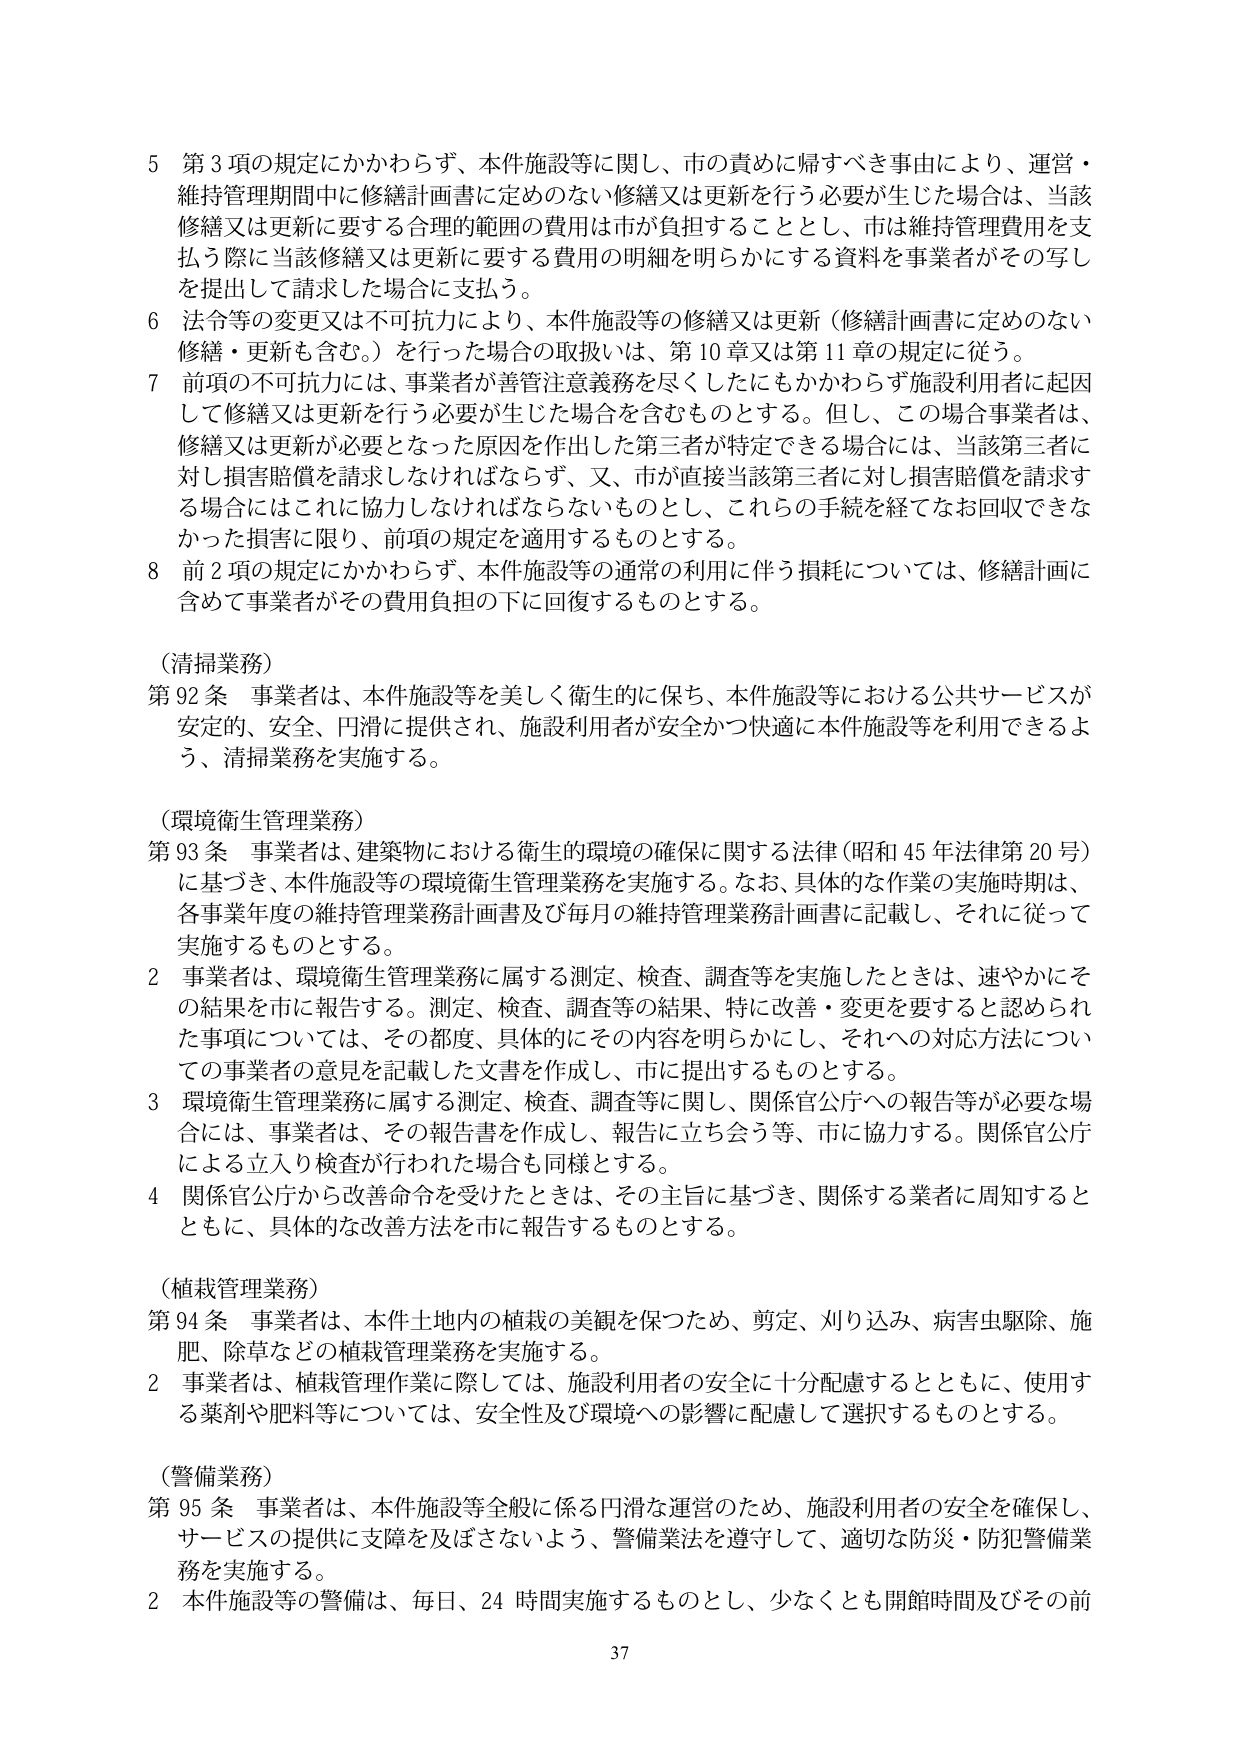
5 第3項の規定にかかわらず、本件施設等に関し、市の責めに帰すべき事由により、運営・維持管理期間中に修繕計画書に定めのない修繕又は更新を行う必要が生じた場合は、当該修繕又は更新に要する合理的範囲の費用は市が負担することとし、市は維持管理費用を支払う際に当該修繕又は更新に要する費用の明細を明らかにする資料を事業者がその写しを提出して請求した場合に支払う。

6 法令等の変更又は不可抗力により、本件施設等の修繕又は更新（修繕計画書に定めのない修繕・更新も含む。）を行った場合の取扱いは、第10章又は第11章の規定に従う。

7 前項の不可抗力には、事業者が善管注意義務を尽くしたにもかかわらず施設利用者に起因して修繕又は更新を行う必要が生じた場合を含むものとする。但し、この場合事業者は、修繕又は更新が必要となった原因を作出した第三者が特定できる場合には、当該第三者に対し損害賠償を請求しなければならず、又、市が直接当該第三者に対し損害賠償を請求する場合にはこれに協力しなければならないものとし、これらの手続を経てなお回収できなかった損害に限り、前項の規定を適用するものとする。

8 前2項の規定にかかわらず、本件施設等の通常の利用に伴う損耗については、修繕計画に含めて事業者がその費用負担の下に回復するものとする。

（清掃業務）

第92条 事業者は、本件施設等を美しく衛生的に保ち、本件施設等における公共サービスが安定的、安全、円滑に提供され、施設利用者が安全かつ快適に本件施設等を利用できるよう、清掃業務を実施する。

（環境衛生管理業務）

第93条 事業者は、建築物における衛生的環境の確保に関する法律（昭和45年法律第20号）に基づき、本件施設等の環境衛生管理業務を実施する。なお、具体的な作業の実施時期は、各事業年度の維持管理業務計画書及び毎月の維持管理業務計画書に記載し、それに従って実施するものとする。

2 事業者は、環境衛生管理業務に属する測定、検査、調査等を実施したときは、速やかにその結果を市に報告する。測定、検査、調査等の結果、特に改善・変更を要すると認められた事項については、その都度、具体的にその内容を明らかにし、それへの対応方法についての事業者の意見を記載した文書を作成し、市に提出するものとする。

3 環境衛生管理業務に属する測定、検査、調査等に関し、関係官公庁への報告等が必要な場合には、事業者は、その報告書を作成し、報告に立ち会う等、市に協力する。関係官公庁による立入り検査が行われた場合も同様とする。

4 関係官公庁から改善命令を受けたときは、その主旨に基づき、関係する業者に周知するとともに、具体的な改善方法を市に報告するものとする。

（植栽管理業務）

第94条 事業者は、本件土地内の植栽の美観を保つため、剪定、刈り込み、病害虫駆除、施肥、除草などの植栽管理業務を実施する。

2 事業者は、植栽管理作業に際しては、施設利用者の安全に十分配慮するとともに、使用する薬剤や肥料等については、安全性及び環境への影響に配慮して選択するものとする。

（警備業務）

第95条 事業者は、本件施設等全般に係る円滑な運営のため、施設利用者の安全を確保し、サービスの提供に支障を及ぼさないよう、警備業法を遵守して、適切な防災・防犯警備業務を実施する。

2 本件施設等の警備は、毎日、24時間実施するものとし、少なくとも開館時間及びその前

37